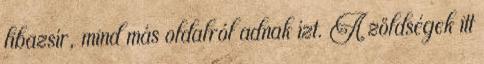
libazsír, mind más oldalról adnak ízt. A zöldségek itt